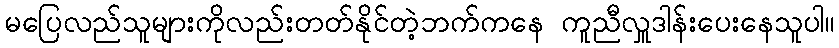
မပြေလည်သူများကိုလည်းတတ်နိုင်တဲ့ဘက်ကနေ ကူညီလှူဒါန်းပေးနေသူပါ။